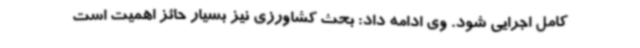
کامل اجرایی شود. وی ادامه‌ داد: بحث کشاورزی نیز بسیار حائز اهمیت است